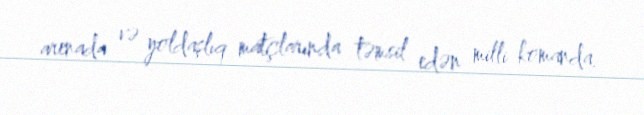
arenada və yoldaşlıq matçlarında təmsil edən milli komanda.